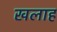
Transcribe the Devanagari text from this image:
खलाह